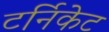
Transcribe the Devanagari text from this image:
टर्निकेट